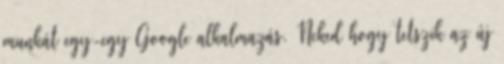
munkát egy-egy Google alkalmazás. Neked hogy tetszik az új